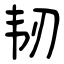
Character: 韧